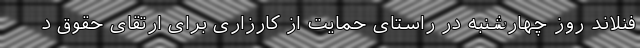
فنلاند روز چهارشنبه در راستای حمایت از کارزاری برای ارتقای حقوق د